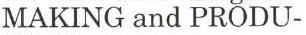
MAKING and PRODU-